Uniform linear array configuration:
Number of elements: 48
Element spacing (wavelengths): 0.25
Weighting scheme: uniform
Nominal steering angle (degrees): -60
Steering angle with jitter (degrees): -61.777
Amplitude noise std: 0.05
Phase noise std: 0.05

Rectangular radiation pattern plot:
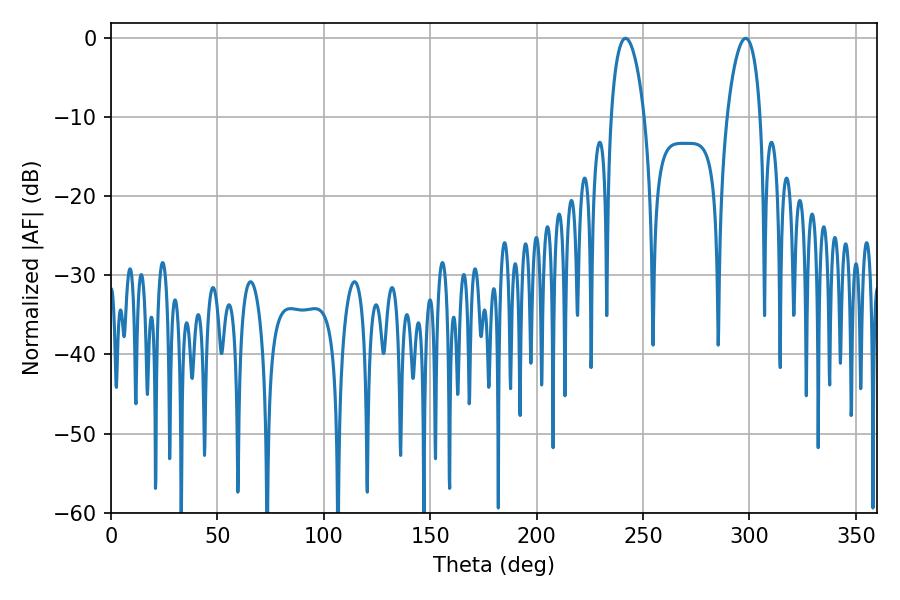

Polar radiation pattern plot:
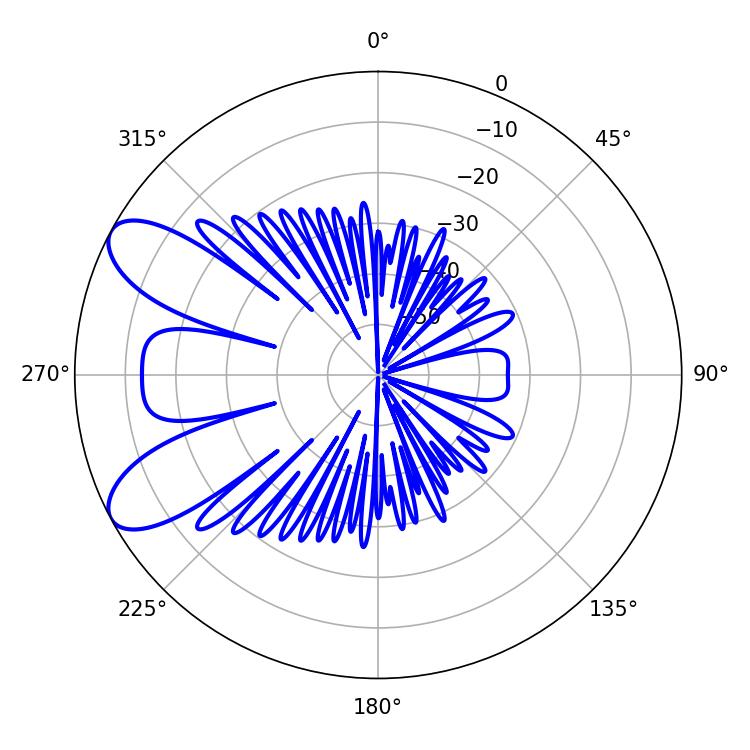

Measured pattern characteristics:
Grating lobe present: FALSE
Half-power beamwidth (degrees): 9
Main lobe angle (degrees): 241.74